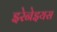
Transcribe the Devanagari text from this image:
इरेनेइयस